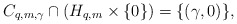
\begin{align*}C_{q,m,\gamma}\cap(H_{q,m}\times\{0\})=\{(\gamma,0)\},\end{align*}